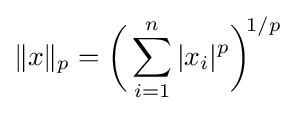
\|x\|_{p}={\biggl (}\sum _{i=1}^{n}|x_{i}|^{p}{\biggr )}^{\!1/p}